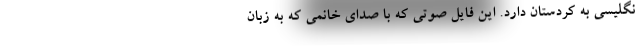
نگلیسی به کردستان دارد. این فایل صوتی که با صدای خانمی که به زبان